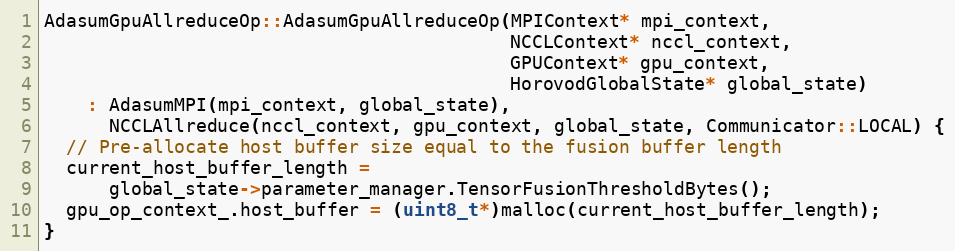
Language: C++
AdasumGpuAllreduceOp::AdasumGpuAllreduceOp(MPIContext* mpi_context,
                                           NCCLContext* nccl_context,
                                           GPUContext* gpu_context,
                                           HorovodGlobalState* global_state)
    : AdasumMPI(mpi_context, global_state),
      NCCLAllreduce(nccl_context, gpu_context, global_state, Communicator::LOCAL) {
  // Pre-allocate host buffer size equal to the fusion buffer length
  current_host_buffer_length =
      global_state->parameter_manager.TensorFusionThresholdBytes();
  gpu_op_context_.host_buffer = (uint8_t*)malloc(current_host_buffer_length);
}